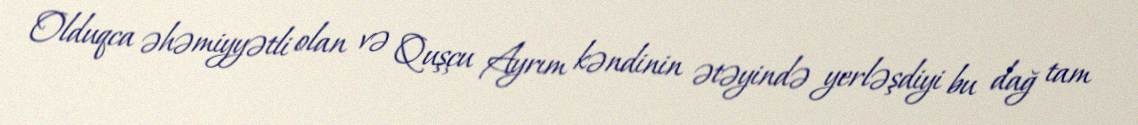
Olduqca əhəmiyyətli olan və Quşçu Ayrım kəndinin ətəyində yerləşdiyi bu dağ tam